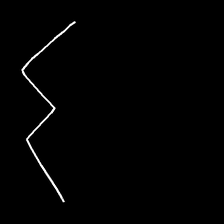
Glyph: crush